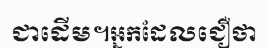
ជាដើម។អ្នកដែលជឿថា